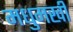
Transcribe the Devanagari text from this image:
मधुमखी